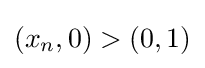
(x_{n},0)>(0,1)